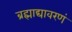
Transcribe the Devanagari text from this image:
ब्रह्माद्यावरणं